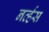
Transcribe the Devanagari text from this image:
नव्‍र्हस